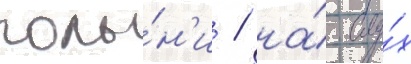
полы́н'и / на́ слу́х